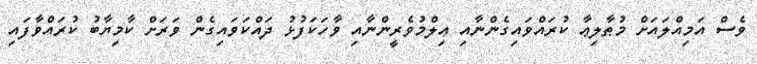
ވެސް އަމިއްލައަށް މުޠާލިޢާ ކުރައްވައިގެންނާއި ޢިލްމުވެރީންނާއި ވާހަކަފުޅު ދައްކަވައިގެން ވަރަށް ކާމިޔާބު ކުރައްވާފައި